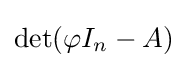
\det(\varphi I_{n}-A)